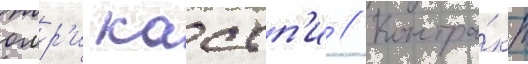
омр'и кассп'и // Контра́кт